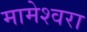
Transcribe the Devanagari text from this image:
मामेश्‍वरा